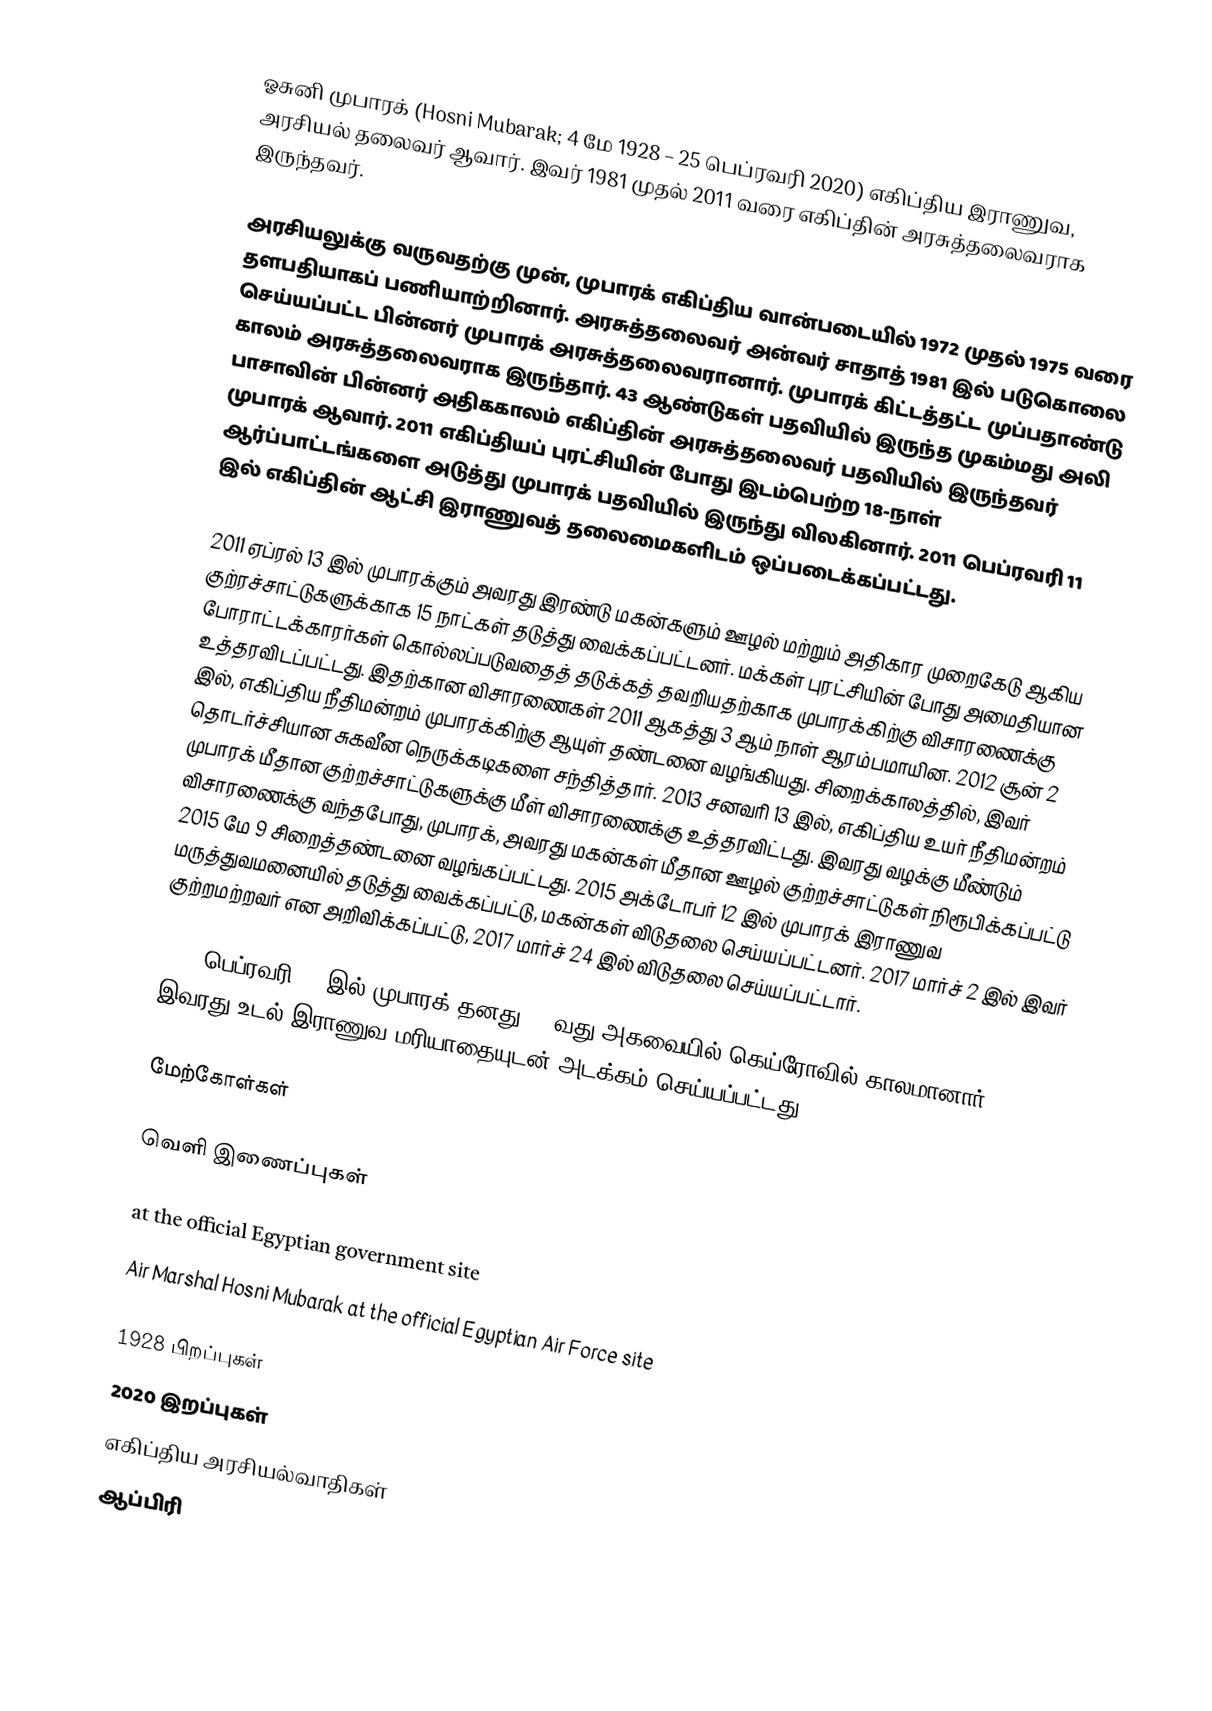
ஓசுனி முபாரக் (Hosni Mubarak; 4 மே 1928 – 25 பெப்ரவரி 2020) எகிப்திய இராணுவ, அரசியல் தலைவர் ஆவார். இவர் 1981 முதல் 2011 வரை எகிப்தின் அரசுத்தலைவராக இருந்தவர்.

அரசியலுக்கு வருவதற்கு முன், முபாரக் எகிப்திய வான்படையில் 1972 முதல் 1975 வரை தளபதியாகப் பணியாற்றினார். அரசுத்தலைவர் அன்வர் சாதாத் 1981 இல் படுகொலை செய்யப்பட்ட பின்னர் முபாரக் அரசுத்தலைவரானார். முபாரக் கிட்டத்தட்ட முப்பதாண்டு காலம் அரசுத்தலைவராக இருந்தார். 43 ஆண்டுகள் பதவியில் இருந்த முகம்மது அலி பாசாவின் பின்னர் அதிககாலம் எகிப்தின் அரசுத்தலைவர் பதவியில் இருந்தவர் முபாரக் ஆவார். 2011 எகிப்தியப் புரட்சியின் போது இடம்பெற்ற 18-நாள் ஆர்ப்பாட்டங்களை அடுத்து முபாரக் பதவியில் இருந்து விலகினார். 2011 பெப்ரவரி 11 இல் எகிப்தின் ஆட்சி இராணுவத் தலைமைகளிடம் ஒப்படைக்கப்பட்டது.

2011 ஏப்ரல் 13 இல் முபாரக்கும் அவரது இரண்டு மகன்களும் ஊழல் மற்றும் அதிகார முறைகேடு ஆகிய குற்ரச்சாட்டுகளுக்காக 15 நாட்கள் தடுத்து வைக்கப்பட்டனர். மக்கள் புரட்சியின் போது அமைதியான போராட்டக்காரர்கள் கொல்லப்படுவதைத் தடுக்கத் தவறியதற்காக முபாரக்கிற்கு விசாரணைக்கு உத்தரவிடப்பட்டது. இதற்கான விசாரணைகள் 2011 ஆகத்து 3 ஆம் நாள் ஆரம்பமாயின. 2012 சூன் 2 இல், எகிப்திய நீதிமன்றம் முபாரக்கிற்கு ஆயுள் தண்டனை வழங்கியது. சிறைக்காலத்தில், இவர் தொடர்ச்சியான சுகவீன நெருக்கடிகளை சந்தித்தார். 2013 சனவரி 13 இல், எகிப்திய உயர் நீதிமன்றம் முபாரக் மீதான குற்றச்சாட்டுகளுக்கு மீள் விசாரணைக்கு உத்தரவிட்டது. இவரது வழக்கு மீண்டும் விசாரணைக்கு வந்தபோது, முபாரக், அவரது மகன்கள் மீதான ஊழல் குற்றச்சாட்டுகள் நிரூபிக்கப்பட்டு 2015 மே 9 சிறைத்தண்டனை வழங்கப்பட்டது. 2015 அக்டோபர் 12 இல் முபாரக் இராணுவ மருத்துவமனையில் தடுத்து வைக்கப்பட்டு, மகன்கள் விடுதலை செய்யப்பட்டனர். 2017 மார்ச் 2 இல் இவர் குற்றமற்றவர் என அறிவிக்கப்பட்டு, 2017 மார்ச் 24 இல் விடுதலை செய்யப்பட்டார்.

2020 பெப்ரவரி 25 இல் முபாரக் தனது 91-வது அகவையில் கெய்ரோவில் காலமானார். இவரது உடல் இராணுவ மரியாதையுடன் அடக்கம் செய்யப்பட்டது.

மேற்கோள்கள்

வெளி இணைப்புகள்

  at the official Egyptian government site
 Air Marshal Hosni Mubarak at the official Egyptian Air Force site

1928 பிறப்புகள்
2020 இறப்புகள்
எகிப்திய அரசியல்வாதிகள்
ஆப்பிரி